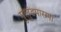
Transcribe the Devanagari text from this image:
मुलुंडपासना